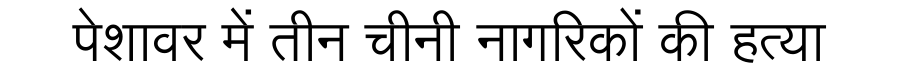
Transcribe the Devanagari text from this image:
पेशावर में तीन चीनी नागरिकों की हत्या